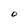
Character: O